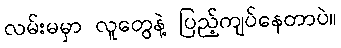
လမ်းမမှာ လူတွေနဲ့ ပြည့်ကျပ်နေတာပဲ။